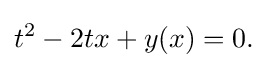
t^{2}-2tx+y(x)=0.\